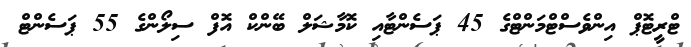
ޓްރީޓޮޕް އިންވެސްޓްމަންޓްގެ 45 ޕަސެންޓާއި ކޮމާޝަލް ބޭންކް އޮފް ސިލޯންގެ 55 ޕަސެންޓް